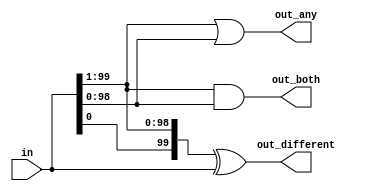
//2020_10_31 kerong
//Even longer vectors
module top_module( 
    input [99:0] in,
    output [98:0] out_both,
    output [99:1] out_any,
    output [99:0] out_different );

assign out_both = in[99:1] & in[98:0];
assign out_any  = in[99:1] | in[98:0];
assign out_different = {in[0],in[99:1]} ^ in[99:0];


endmodule